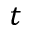
t